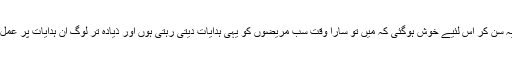
اصل میں میں یہ سن کر اس لئیے خوش ہوگئی کہ میں تو سارا وقت سب مریضوں کو یہی ہدایات دیتی رہتی ہوں اور ذیادہ تر لوگ ان ہدایات پر عمل نہیں کر پاتے۔